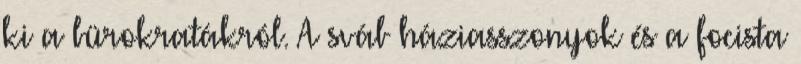
ki a bürokratákról. A sváb háziasszonyok és a focista